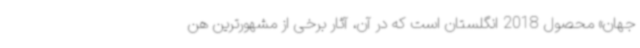
جهان» محصول 2018 انگلستان است که در آن، آثار برخی از مشهورترین هن